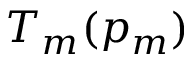
T _ { m } ( p _ { m } )